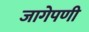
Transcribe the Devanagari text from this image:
जागेपणी